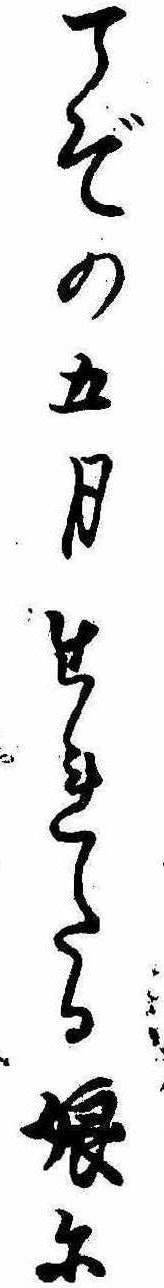
こぞの五月生れたる娘に